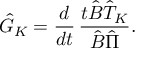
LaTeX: \hat { G } _ { K } = \frac { d } { d t } \, \frac { t \hat { B } \hat { T } _ { K } } { \hat { B } \hat { \Pi } } .